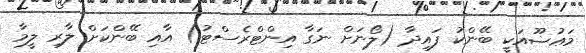
މަޢުޟޫއަކީ ބޭންކު ފައިދާ (ލޯނަށް ނަގާ އިންޓްރެސްޓު) އާއި ބޭންކަށް ލާރި ލީމާ